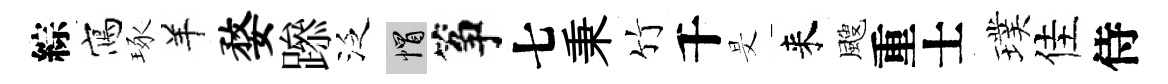
綜寫琢羊婺𨅶泛帽筝七秉竹千旻来颼重士璞佳侍